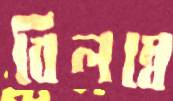
বিলম্বে